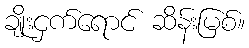
ချိုးငှက်ရောင် ဆိန်းမြစ်။